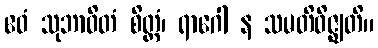
ဧဝံ သုဘာဝိတံ စိတ္တံ၊ ရာဂေါ န သမတိဝိဇ္ဈတိ။